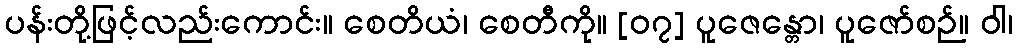
ပန်းတို့ဖြင့်လည်းကောင်း။ စေတိယံ၊ စေတီကို။ [၀၇] ပူဇေန္တော၊ ပူဇော်စဉ်။ ဝါ၊